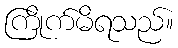
ကြိုက်မိရသည်။